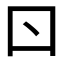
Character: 𠮚